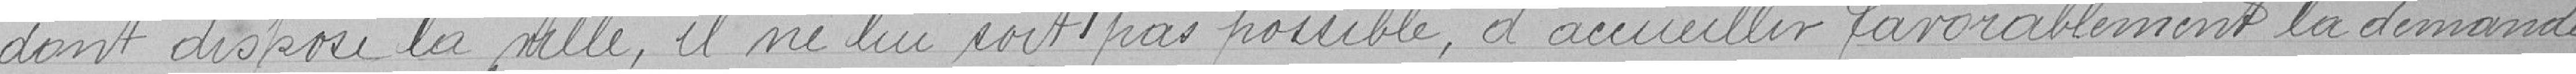
dont dispose la ville, il ne lui soit pas possible d'accueillir favorablement la demande